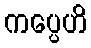
ကပ္ပေဟိ